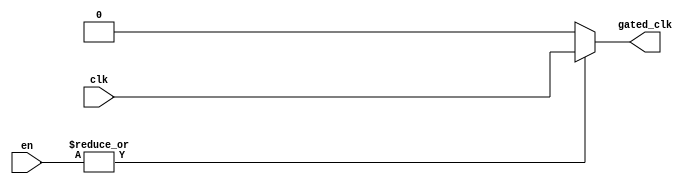
module clock_gating (
    input wire clk,              // Main clock signal
    input wire [N-1:0] en,      // Enable signals (array of N enable signals)
    output wire gated_clk        // Gated clock output
);
    parameter N = 4;             // Number of enable signals (adjust as needed)

    // Internal wire to hold the OR result of enable signals
    wire or_enable;

    // OR gate to combine all enable signals
    assign or_enable = |en;      // Bitwise OR operation on enable signals

    // Gated clock logic
    assign gated_clk = or_enable ? clk : 1'b0; // If any enable is high, pass clk; otherwise, output 0

endmodule